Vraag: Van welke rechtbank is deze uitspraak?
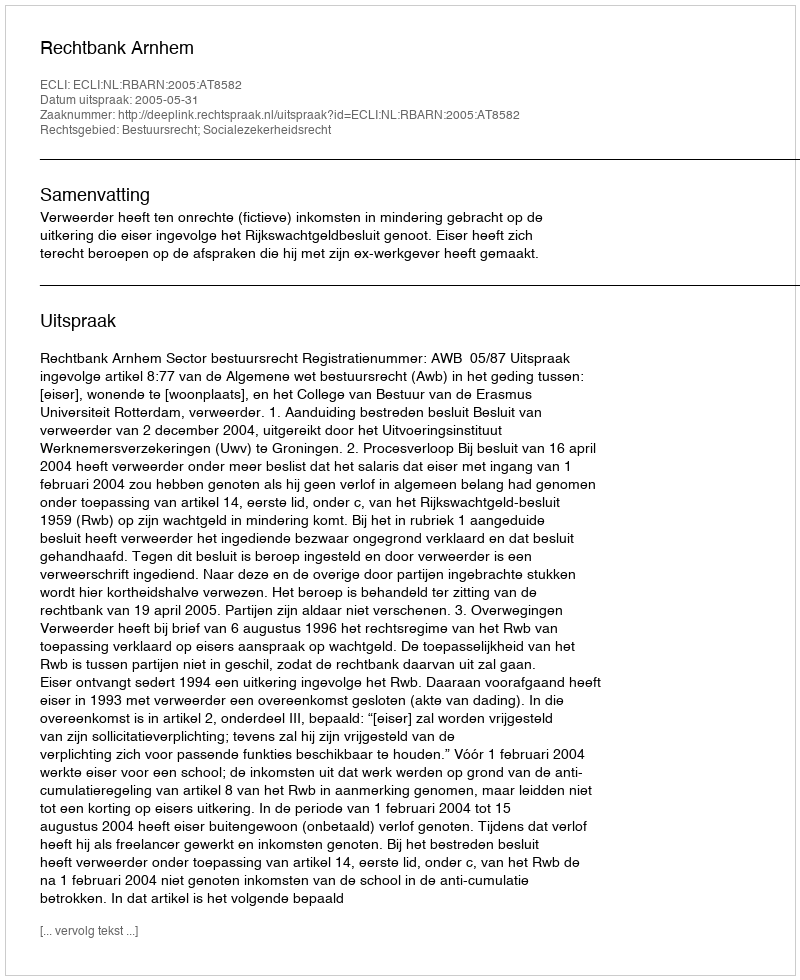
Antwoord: Rechtbank Arnhem